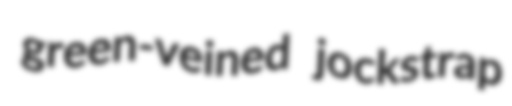
green-veined jockstrap